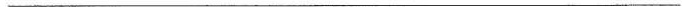
___